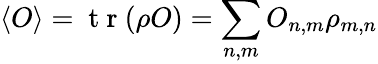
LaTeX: \langle O\rangle=\mathrm{~t~r~}(\rho O)=\sum_{n,m}O_{n,m}\rho_{m,n}